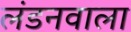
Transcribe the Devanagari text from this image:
लंडनवाला